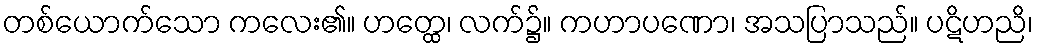
တစ်ယောက်သော ကလေး၏။ ဟတ္ထေ၊ လက်၌။ ကဟာပဏော၊ အသပြာသည်။ ပဋိဟညိ၊